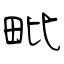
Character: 毗